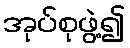
အုပ်စုဖွဲ့၍